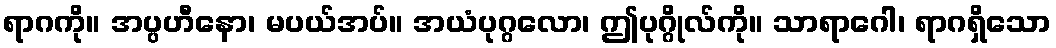
ရာဂကို။ အပ္ပဟီနော၊ မပယ်အပ်။ အယံပုဂ္ဂလော၊ ဤပုဂ္ဂိုလ်ကို။ သာရာဂေါ၊ ရာဂရှိသော